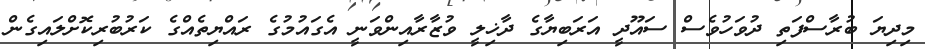
މިދިޔަ ބުރާސްފަތި ދުވަހުވެސް ސައޫދީ އަރަބިޔާގެ ދާޚިލީ ވުޒާރާއިންވަނީ އެގައުމުގެ ރައްޔިތެއްގެ ކަރުބުރިކޮށްލައިގެން